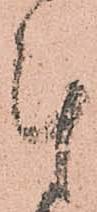
計